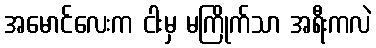
အမောင်လေးက ငါးမှ မကြိုက်သာ အရီးကလဲ